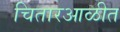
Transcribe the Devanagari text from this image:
चितारआळीत